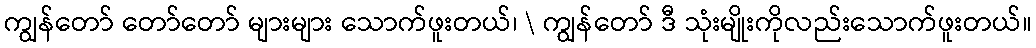
ကျွန်တော် တော်တော် များများ သောက်ဖူးတယ်၊ \ ကျွန်တော် ဒီ သုံးမျိုးကိုလည်းသောက်ဖူးတယ်။